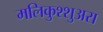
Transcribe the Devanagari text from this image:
मलिकुश्शुअरा